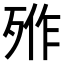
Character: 𣨐